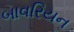
બાવરિયન